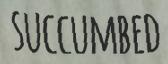
SUCCUMBED